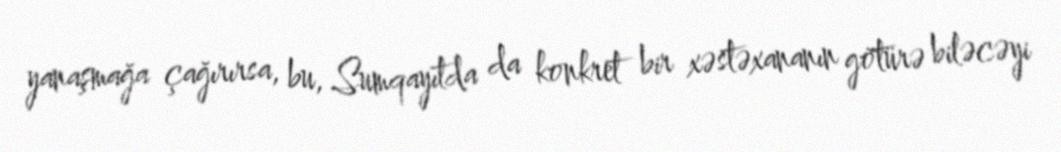
yanaşmağa çağırırsa, bu, Sumqayıtda da konkret bir xəstəxananın götürə biləcəyi